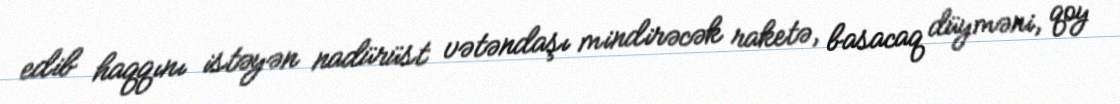
edib haqqını istəyən nadürüst vətəndaşı mindirəcək raketə, basacaq düyməni, qoy